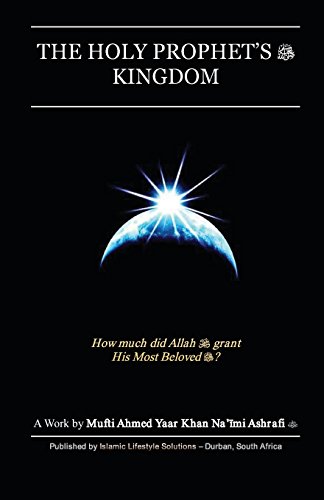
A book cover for The Holy Prophet's Kingdom; Mufti Ahmed Yaar Khan Na'Ã®mi Ashrafi; Religion & Spirituality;